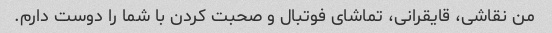
من نقاشی، قایقرانی، تماشای فوتبال و صحبت کردن با شما را دوست دارم.